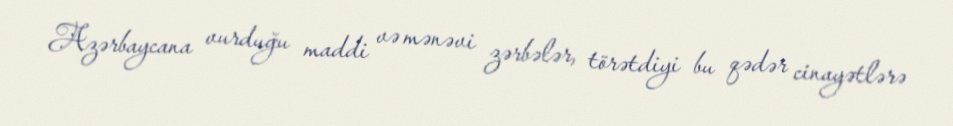
Azərbaycana vurduğu maddi və mənəvi zərbələr, törətdiyi bu qədər cinayətlərə